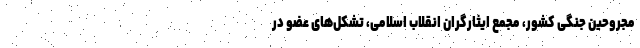
مجروحین جنگی کشور، مجمع ایثارگران انقلاب اسلامی، تشکل‌های عضو در